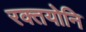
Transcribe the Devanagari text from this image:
रक्तयोनि